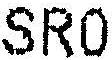
SR0